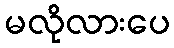
မလိုလားပေ